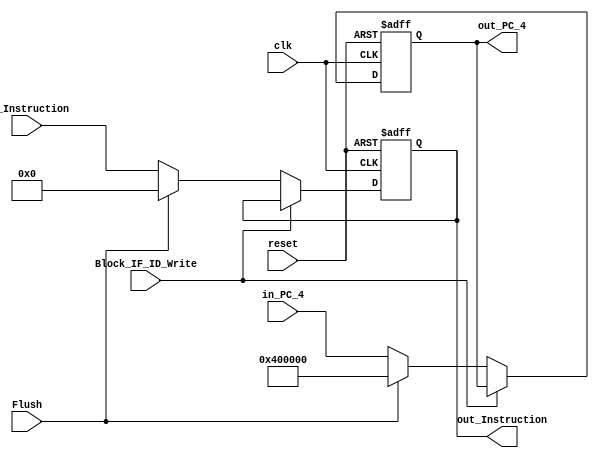
module IF_ID_Register
(
  input clk,
  input reset,
  input Flush,
  input Block_IF_ID_Write,
  input [31:0] in_PC_4,
  input [31:0] in_Instruction,
  
  output reg [31:0] out_PC_4,
  output reg [31:0] out_Instruction
);

  always@(negedge reset or posedge clk) 
  begin
    if(reset==0)
    begin
      out_PC_4        <= 0;
      out_Instruction <= 0;
    end
    else if(!Block_IF_ID_Write)
    begin
      if(Flush)
      begin
        out_PC_4        <= 32'h0040_0000;
        out_Instruction <= 0;
      end
      else
      begin
        out_PC_4        <= in_PC_4;
        out_Instruction <= in_Instruction;
      end
    end
  end

endmodule